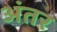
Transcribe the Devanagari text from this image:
अंंतर